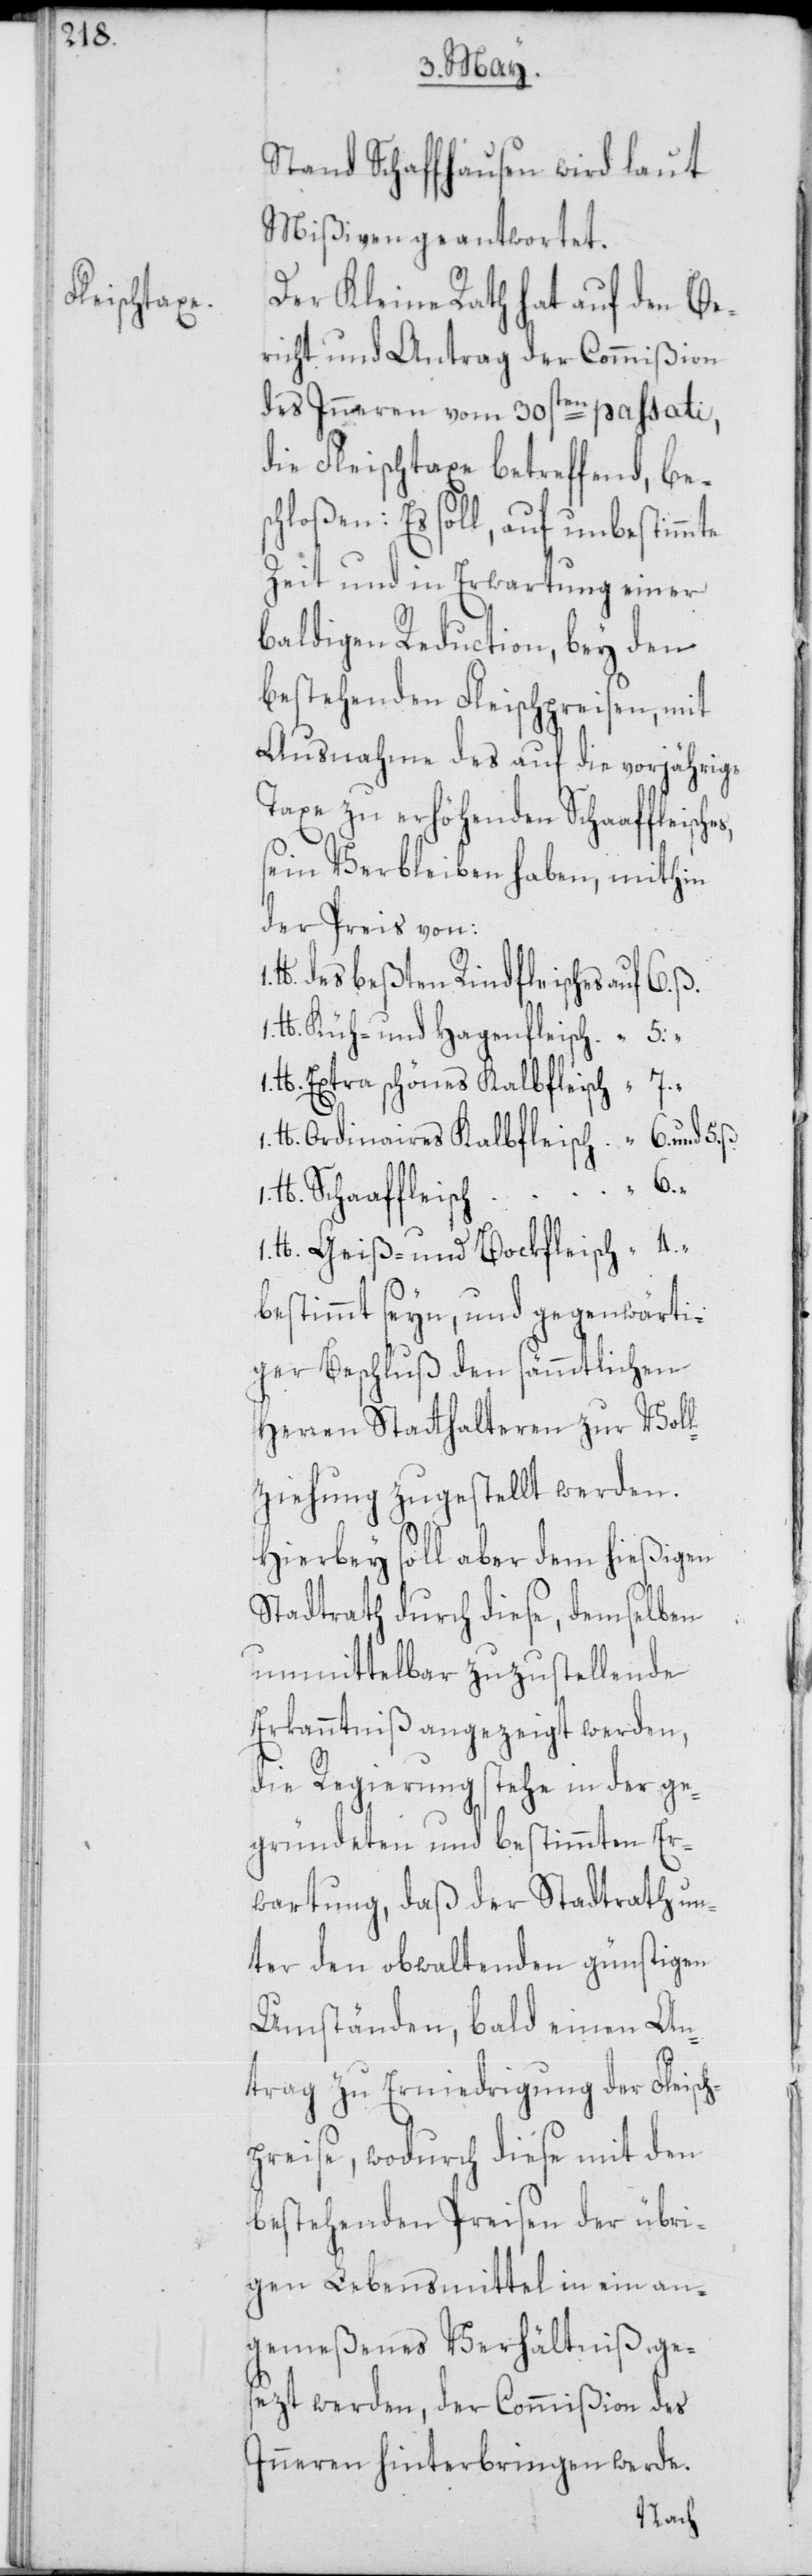
s,

Stand Schaffhausen wird laut
Mißiven geantwortet.
Der Kleine Rath hat auf den Be¬
richt und Antrag der Commißion
des Inneren vom 30sten passati,
die Fleischtaxe betreffend, be¬
schloßen: Es soll, auf unbestimmte
Zeit und in Erwartung einer
baldigen Reduction, bey den
bestehenden Fleischpreisen, mit
Ausnahme des auf die vorjährige
Taxe zu erhöhenden Schaaffleische¬
sein Verbleiben haben, mithin
der Preis von:
lb. des beßten Rindfleisches auf 6. ß.
lb. Küh- und Hagenfleisch. “ 5:
lb. Extra schönes Kalbfleisch “ 7.
lb. Ordinaires Kalbfleisch “ 6. und 5.
1. lb Schaaffleisch “ 6.
lb. Geiß- und Bockfleisch “ 4.
bestimmt seyn, und gegenwärti¬
ger Beschluß den sämmtlichen
Herren Statthalteren zur Voll¬
ziehung zugestellt werden.
Hierbey soll aber dem hießigen
Stadtrath durch diese, demselben
unmittelbar zuzustellende
Erkanntniß angezeigt werden,
die Regierung stehe in der ge¬
gründeten und bestimmten Er¬
wartung, daß der Stadtrath un¬
ter den obwaltenden günstigen
Umständen, bald einen An¬
trag zu Erniedrigung der Fleisch¬
preise, wodurch diese mit den
bestehenden Preisen der übri¬
gen Lebensmittel in ein an¬
gemeßenes Verhältniß ge¬
sezt werden, der Commißion des
Inneren hinterbringen werde.